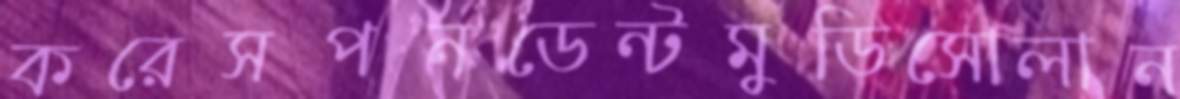
করেসপনডেন্টমুডিসোলান